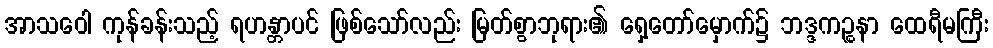
အာသဝေါ ကုန်ခန်းသည့် ရဟန္တာပင် ဖြစ်သော်လည်း မြတ်စွာဘုရား၏ ရှေ့တော်မှောက်၌ ဘဒ္ဒကဉ္စနာ ထေရီမကြီး